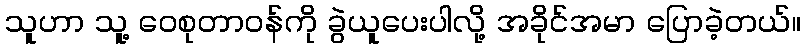
သူဟာ သူ့ ဝေစုတာဝန်ကို ခွဲယူပေးပါလို့ အခိုင်အမာ ပြောခဲ့တယ်။